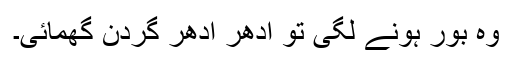
وہ بور ہونے لگی تو ادھر ادھر گردن گھمائی۔